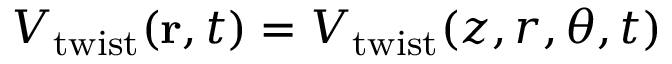
V _ { \mathrm { { t w i s t } } } ( \mathbf { r } , t ) = V _ { \mathrm { { t w i s t } } } ( z , r , \theta , t )